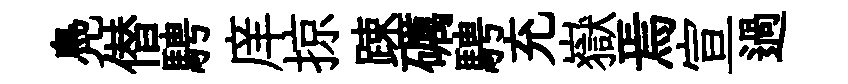
鳧僣騁庠掠踈礪騁充嶽焉宣過